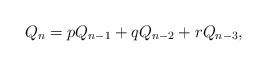
LaTeX: \begin{align*}{{Q}_{n}}=p{{Q}_{n-1}}+{q{Q}_{n-2}+r{Q}_{n-3}},\end{align*}